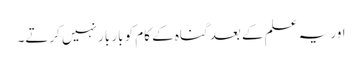
اور یہ علم کے بعد گناہ کے کام کو بار بار نہیں کرتے۔